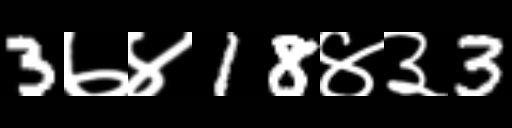
Text: 3७४18४३3